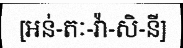
[អន់-តៈ-វ៉ា-សិ-នី]